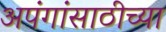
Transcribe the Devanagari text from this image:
अपंगांसाठीच्या